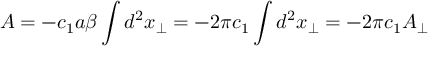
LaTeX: A = - c _ { 1 } a \beta \int d ^ { 2 } x _ { \perp } = - 2 \pi c _ { 1 } \int d ^ { 2 } x _ { \perp } = - 2 \pi c _ { 1 } A _ { \perp }